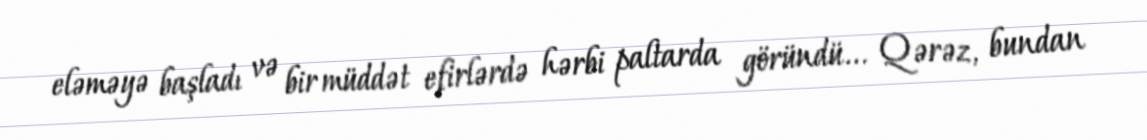
eləməyə başladı və bir müddət efirlərdə hərbi paltarda göründü... Qərəz, bundan